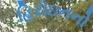
હિરોઇનનો